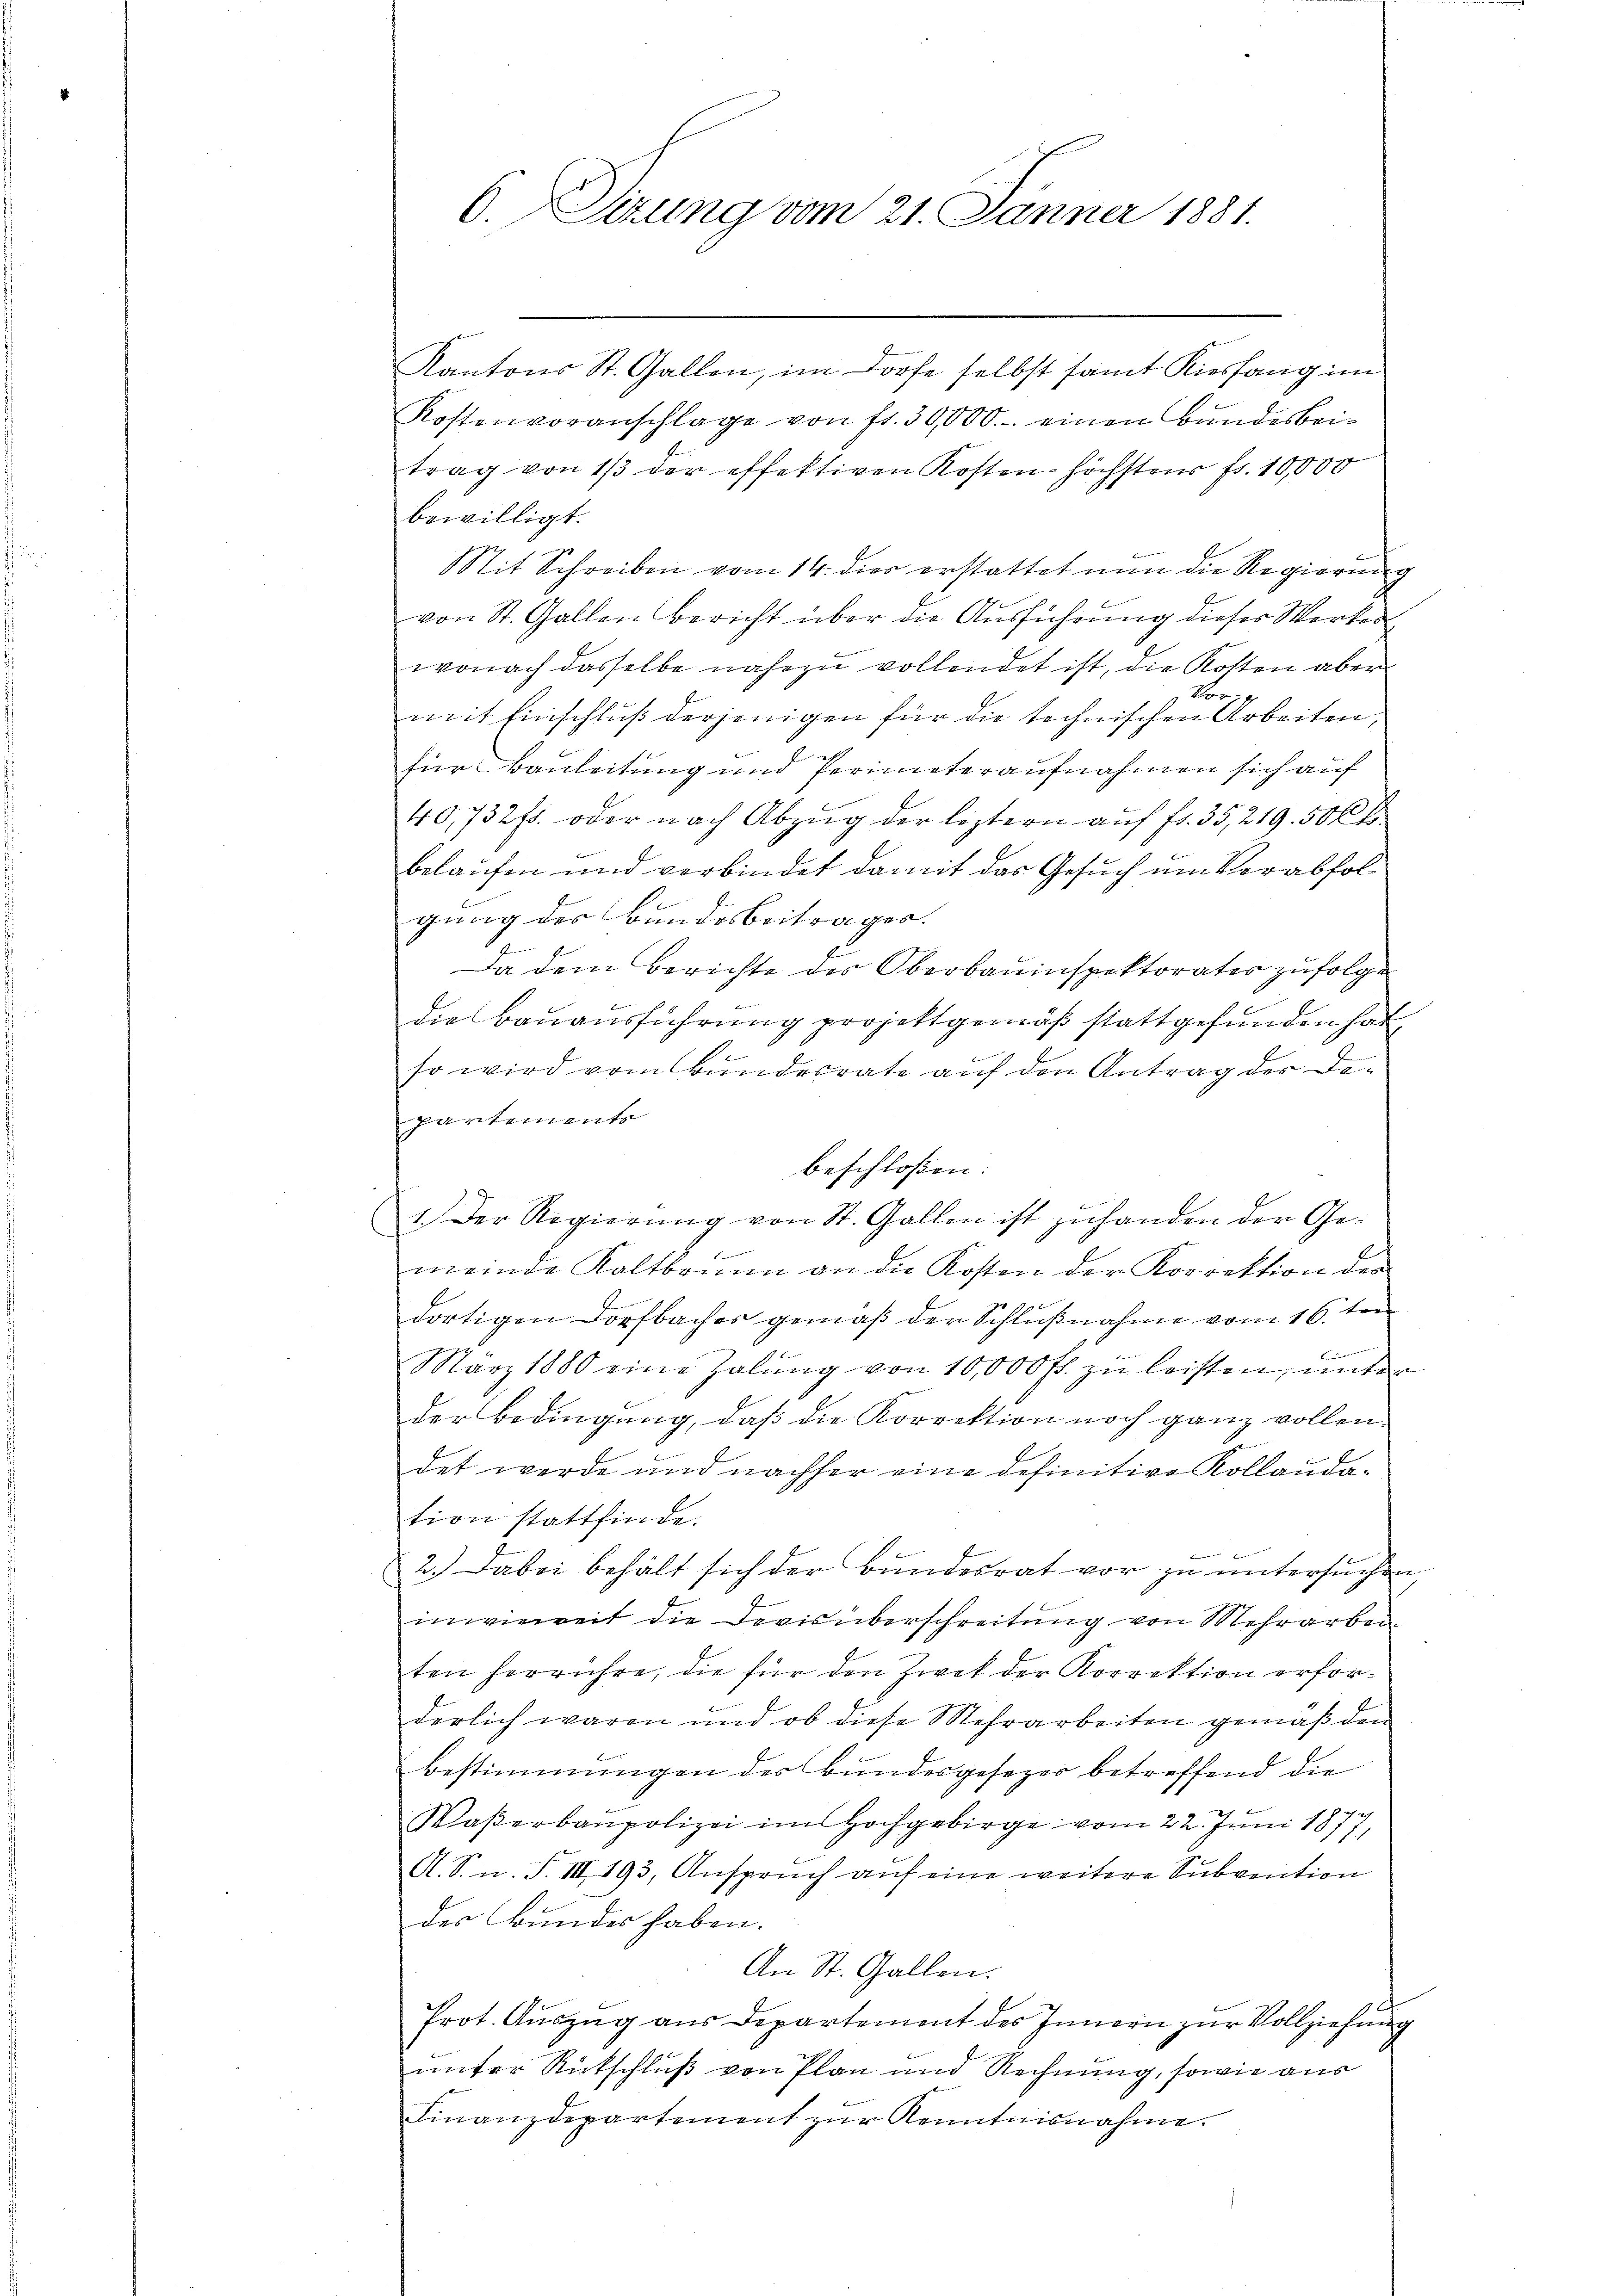
C. Sizung vom 21. Jänner 1881.

Kantons St. Gallen, im Dorfe selbst samt Kiesfang im
Kostenvoranschlage von fr. 30,000. einen Bundesbeitrag von 1/3 der effektiven Kosten höchster fr. 10,000
bewilligt.
it Schreiben vom 14. dies erstattet nun die Regierung
von St. Gallen bericht über die Ausführung dieses Werkeswonach dasselbe nahezu vollendet ist, die Kosten aber
Vormit Einschluß derjenigen für die technischen Arbeiten,
g
h
für Bauleitung und ferinteraufnahmen sich auf
40,732fr. oder nach Abzŭg der leztern aŭf fr. 35, 219. 50 Ct
belaufen und verbindet damit das Gesuch um Verabfolgung des Bundesbeitrages.
Da dem Berichte des Oberbauinspektorates zufolge
die Bauausführung projettgemäß stattgefunden hat,
so wird vom Bundesrate auf den Antrag der Departements
beschloßen:
1.) Der Regierŭng von St. Gallen ist zuhanden der Gemeinde Kaltbrunn an die Kosten der Korrektion der
dortigen Dorfbacher gemäß der Schlußnahme vom 16. ten
.
März 1880 eine Zalŭng von 10,000 fl. zu leisten, unter
der Bedingung, daß die Korrektion noch ganz vollen.
l
det werde und nachher eine definitive Kollauda-
tion stattfinde.

2.) Dabei behält sich der Bundesrat vor zu untersuchen,
inwieweit die Devis überschreitung von Mehrarbei
ten herrühre, die für den Zwek der Korrektion erforderlich waren und ob diese Mehrarbeiten gemäß den
Bestimmungen der Bundesgesezer betreffend die
Waßerbaupolizei im Hochgebirge vom 22. Juni 1877,
A. S. n. F. III 193, Anspruch auf eine weitere Subvention
der Bundes haben.
An St. Gallen.
Prot. Auszug aus Departement des Innern zur Vollziehung
unter Rutschluß von Plan und Rechnung, sowie aus
Finanzdepartement zŭr Kenntnisnahme.